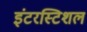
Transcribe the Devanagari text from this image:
इंटरस्टिशल